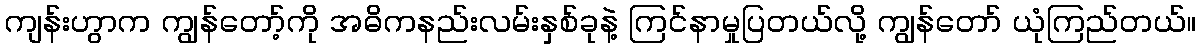
ကျန်းဟွာက ကျွန်တော့်ကို အဓိကနည်းလမ်းနှစ်ခုနဲ့ ကြင်နာမှုပြတယ်လို့ ကျွန်တော် ယုံကြည်တယ်။